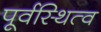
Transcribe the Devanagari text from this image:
पूर्वस्थित्व